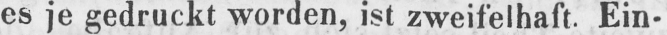
es je gedruckt worden, ist zweifelhaft. Ein-